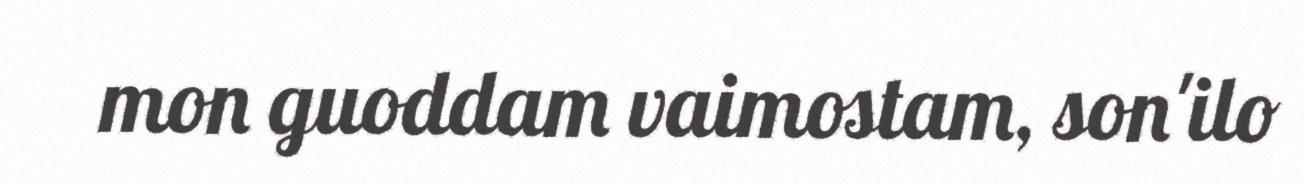
mon guoddam vaimostam, son'ilo